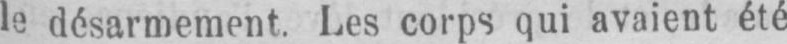
le désarmement. Les corps qui avaient été